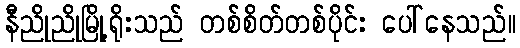
နီညိုညိုမြို့ရိုးသည် တစ်စိတ်တစ်ပိုင်း ပေါ်နေသည်။